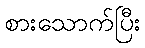
စားသောက်ပြီး